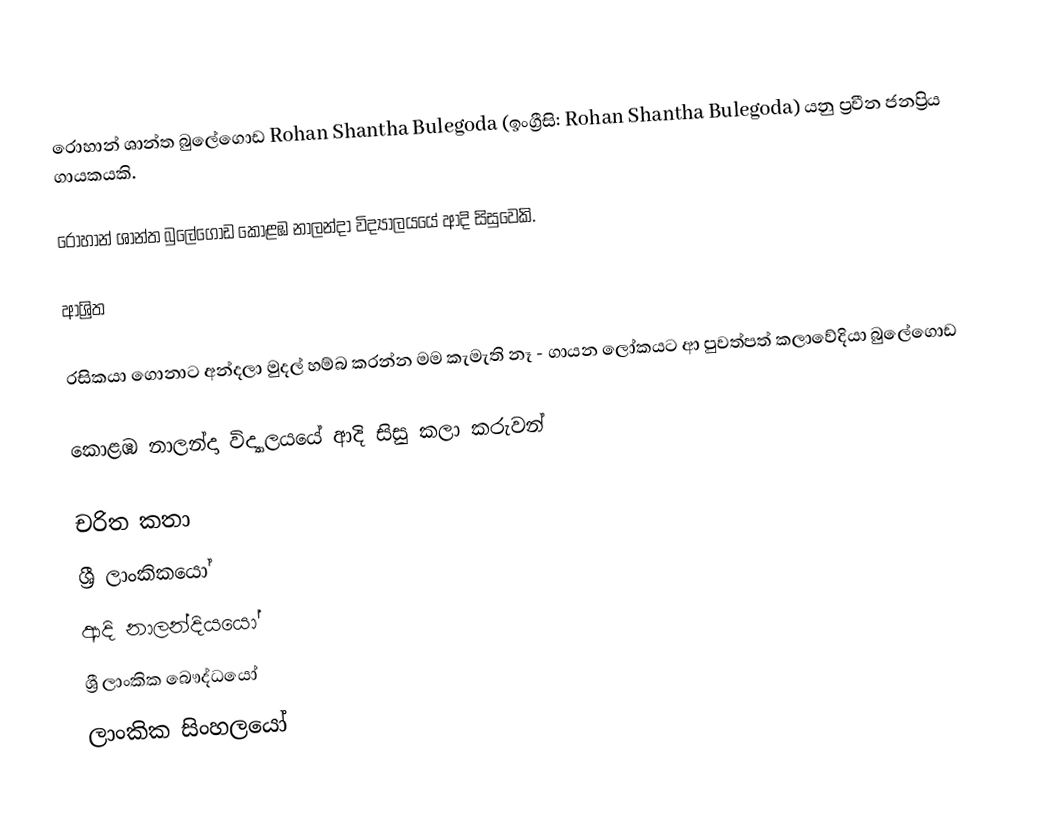
රොහාන් ශාන්ත බුලේගොඩ Rohan Shantha Bulegoda (ඉංග්‍රීසි: Rohan Shantha Bulegoda) යනු ප්‍රවීන ජනප්‍රිය ගායකයකි.

රොහාන් ශාන්ත බුලේගොඩ කොළඹ නාලන්දා විද්‍යාලයයේ ආදි සිසුවෙකි.

ආශ්‍රිත

 රසිකයා ගොනාට අන්දලා මුදල් හම්බ කරන්න මම කැමැති නෑ - ගායන ලෝකයට ආ පුවත්පත් කලාවේදියා බු‍ලේගොඩ

 කොළඹ නාලන්දා විද්‍යාලයයේ ආදි සිසු කලා කරුවන්

චරිත කතා
ශ්‍රී ලාංකිකයෝ
ආදි නාලන්දියයෝ
ශ්‍රී ලාංකික බෞද්ධයෝ
ලාංකික සිංහලයෝ